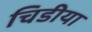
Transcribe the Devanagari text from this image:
चिडीया